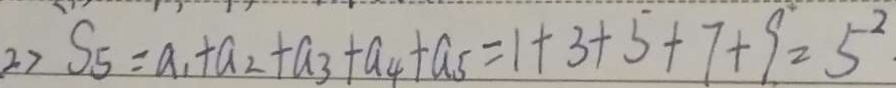
2 > S _ { 5 } = a _ { 1 } + a _ { 2 } + a _ { 3 } + a _ { 4 } + a _ { 5 } = 1 + 3 + 5 + 7 + 9 ^ { \cdot } = 5 ^ { 2 } \cdot